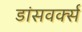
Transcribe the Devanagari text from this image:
डांसवर्क्स